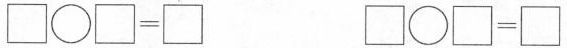
$$\Box \bigcirc \Box = \Box$$ $$\Box \bigcirc \Box = \Box $$